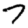
Digit: 7